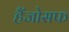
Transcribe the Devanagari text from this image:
हैंजोसफ